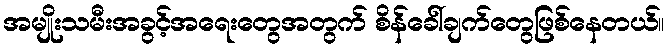
အမျိုးသမီးအခွင့်အရေးတွေအတွက် စိန်ခေါ်ချက်တွေဖြစ်နေတယ်။